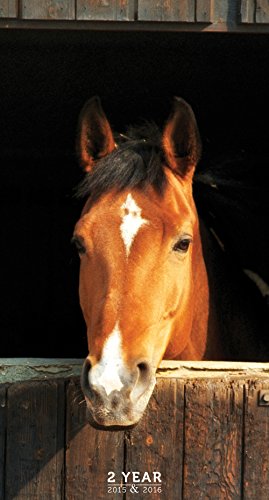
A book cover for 2015-2016 2 Year Horses Pocket Calendar; TF PUBLISHING; Calendars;